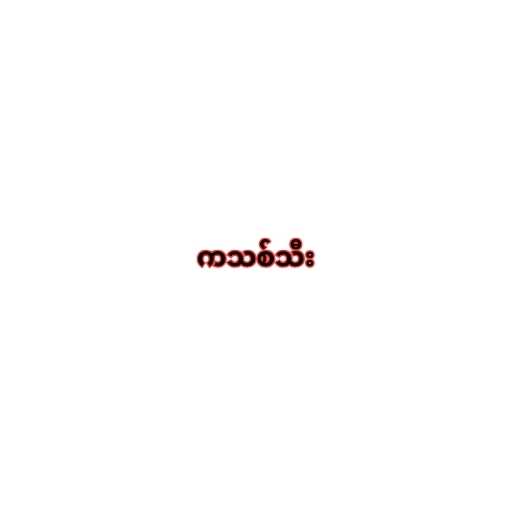
ကသစ်သီး